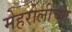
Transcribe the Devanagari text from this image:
मेहरोलीच्या